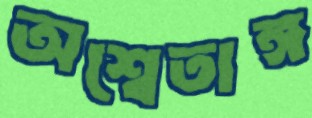
অশ্বেতাঙ্গ